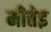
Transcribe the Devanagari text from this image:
मीतेइ